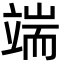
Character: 端